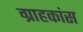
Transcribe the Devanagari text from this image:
ग्राहकांस